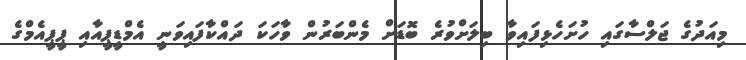
މިއަދުގެ ޖަލްސާގައި ހުށަހެޅިފައިވާ ބިލަށްވުރެ ބޮޑަށް މެންބަރުން ވާހަކަ ދައްކާފައިވަނީ އެމްޑީޕީއާއި ޕީޕީއެމްގެ